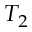
T _ { 2 }